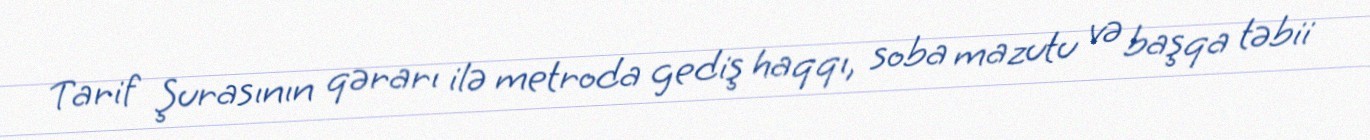
Tarif Şurasının qərarı ilə metroda gediş haqqı, soba mazutu və başqa təbii